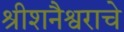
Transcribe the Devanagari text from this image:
श्रीशनैश्वराचे